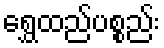
ရွှေထည်ပစ္စည်း